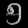
Digit: ၅